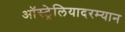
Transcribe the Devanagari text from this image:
ऑस्ट्रेलियादरम्यान